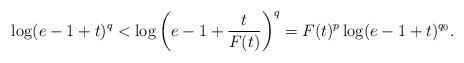
LaTeX: \begin{align*} \log(e-1+t)^q<\log\bigg(e-1+\frac{t}{F(t)}\bigg)^q=F(t)^p\log(e-1+t)^{q_0}.\end{align*}